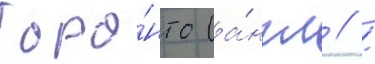
Торо́нто (а́нгл // /